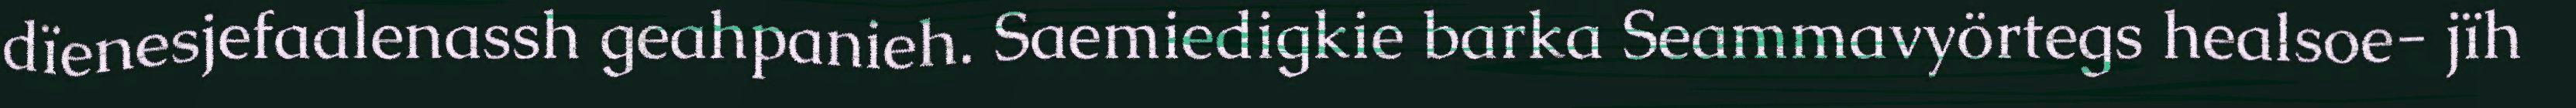
dïenesjefaalenassh geahpanieh. Saemiedigkie barka Seammavyörtegs healsoe- jïh